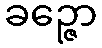
ခဉ္ဇော